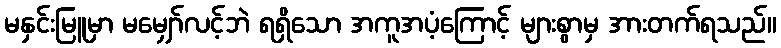
မနှင်းမြူမှာ မမျှော်လင့်ဘဲ ရရှိသော အကူအပံ့ကြောင့် များစွာမှ အားတက်ရသည်။